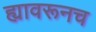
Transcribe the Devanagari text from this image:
ह्यावरूनच